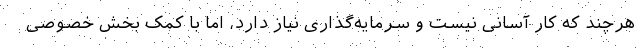
هرچند که کار آسانی نیست و سرمایه‌گذاری نیاز دارد، اما با کمک بخش خصوصی